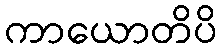
ကာယောတိပိ